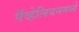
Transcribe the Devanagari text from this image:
पॅव्हेलियनमध्ये